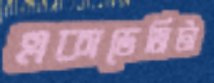
একাডেমিটা